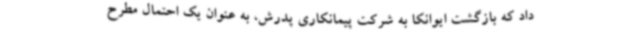
داد که بازگشت ایوانکا به شرکت پیمانکاری پدرش، به عنوان یک احتمال مطرح